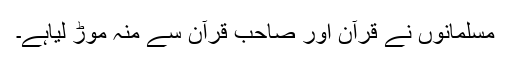
مسلمانوں نے قرآن اور صاحب قرآن سے منہ موڑ لیاہے۔